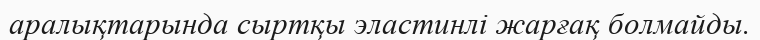
аралықтарында сыртқы эластинлі жарғақ болмайды.